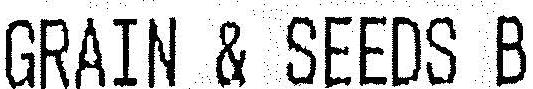
GRAIN & SEEDS B